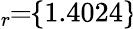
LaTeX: \! \! \! \overline{{\epsilon}}_{r}\! \! =\! \! \{ 1.4024\} \!